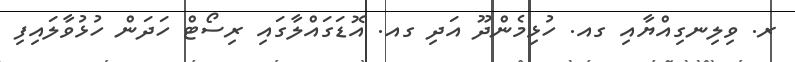
ރ. ވިލިނގިއްޔާއި ގއ. ހުޅިމެންދޫ އަދި ގއ. އޮޑަގައްލާގައި ރިސޯޓް ހަދަން ހުޅުވާލައިފި